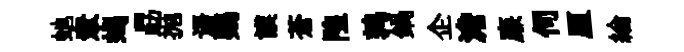
虵衆蝎勗抛语鸚謨蒼隍鹑鍋企澹廉伺厘綸